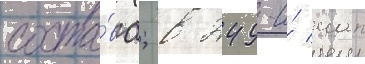
соста́ва; в 249-и́ иап